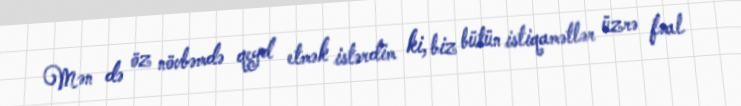
Mən də öz növbəmdə qeyd etmək istərdim ki, biz bütün istiqamətlər üzrə fəal